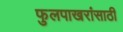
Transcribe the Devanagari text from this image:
फुलपाखरांसाठी